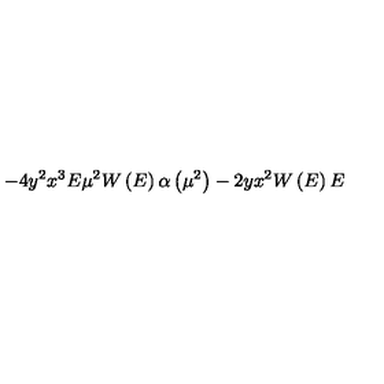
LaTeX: - 4 y ^ { 2 } x ^ { 3 } E \mu ^ { 2 } W \left( E \right) \alpha \left( \mu ^ { 2 } \right) - 2 y x ^ { 2 } W \left( E \right) E